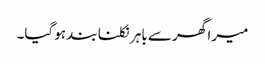
میرا گھر سے باہر نکلنا بند ہوگیا۔